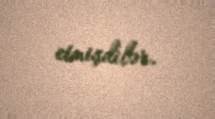
etmişdilər.